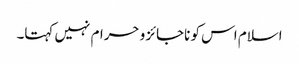
اسلام اس کو ناجائز و حرام نہیں کہتا۔